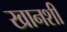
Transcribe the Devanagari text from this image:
खानशी